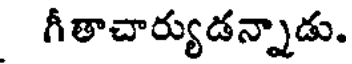
గీతాచార్యుడన్నాడు.